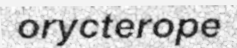
orycterope